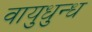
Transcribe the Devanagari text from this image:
वायुधुन्ध